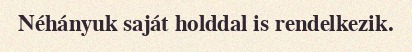
Néhányuk saját holddal is rendelkezik.